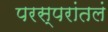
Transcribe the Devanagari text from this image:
परस्परांतलं